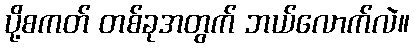
ပို့စကတ် တစ်ခုအတွက် ဘယ်လောက်လဲ။